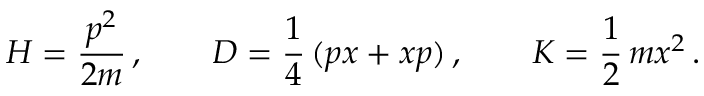
{ \cal H } = \frac { p ^ { 2 } } { 2 m } \, , \qquad { \cal D } = \frac { 1 } { 4 } \, ( p x + x p ) \, , \qquad { \cal K } = \frac { 1 } { 2 } \, m x ^ { 2 } \, .